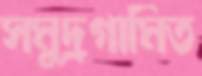
সমুদ্রগামিত